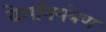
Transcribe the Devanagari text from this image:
वेगनियंत्रण